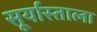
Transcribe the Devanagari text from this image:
सूर्यास्ताला